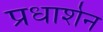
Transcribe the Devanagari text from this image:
प्रधार्शन